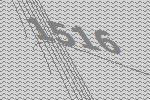
1516